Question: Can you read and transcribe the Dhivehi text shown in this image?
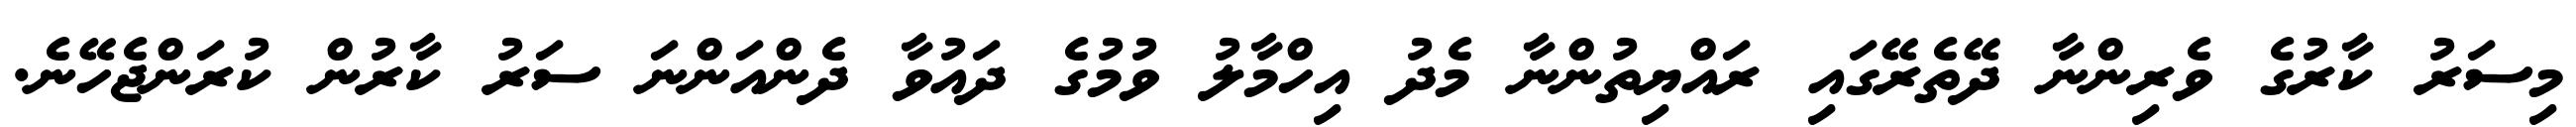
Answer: މިސަރު ކާރުގެ ވެރިންނާ ދޭތެރޭގައި ރައްޔިތުންނާ މެދު އިހްމާލު ވުމުގެ ދައުވާ ދެންއަންނަ ސަރު ކާރުން ކުރަންޖެހޭނެ.